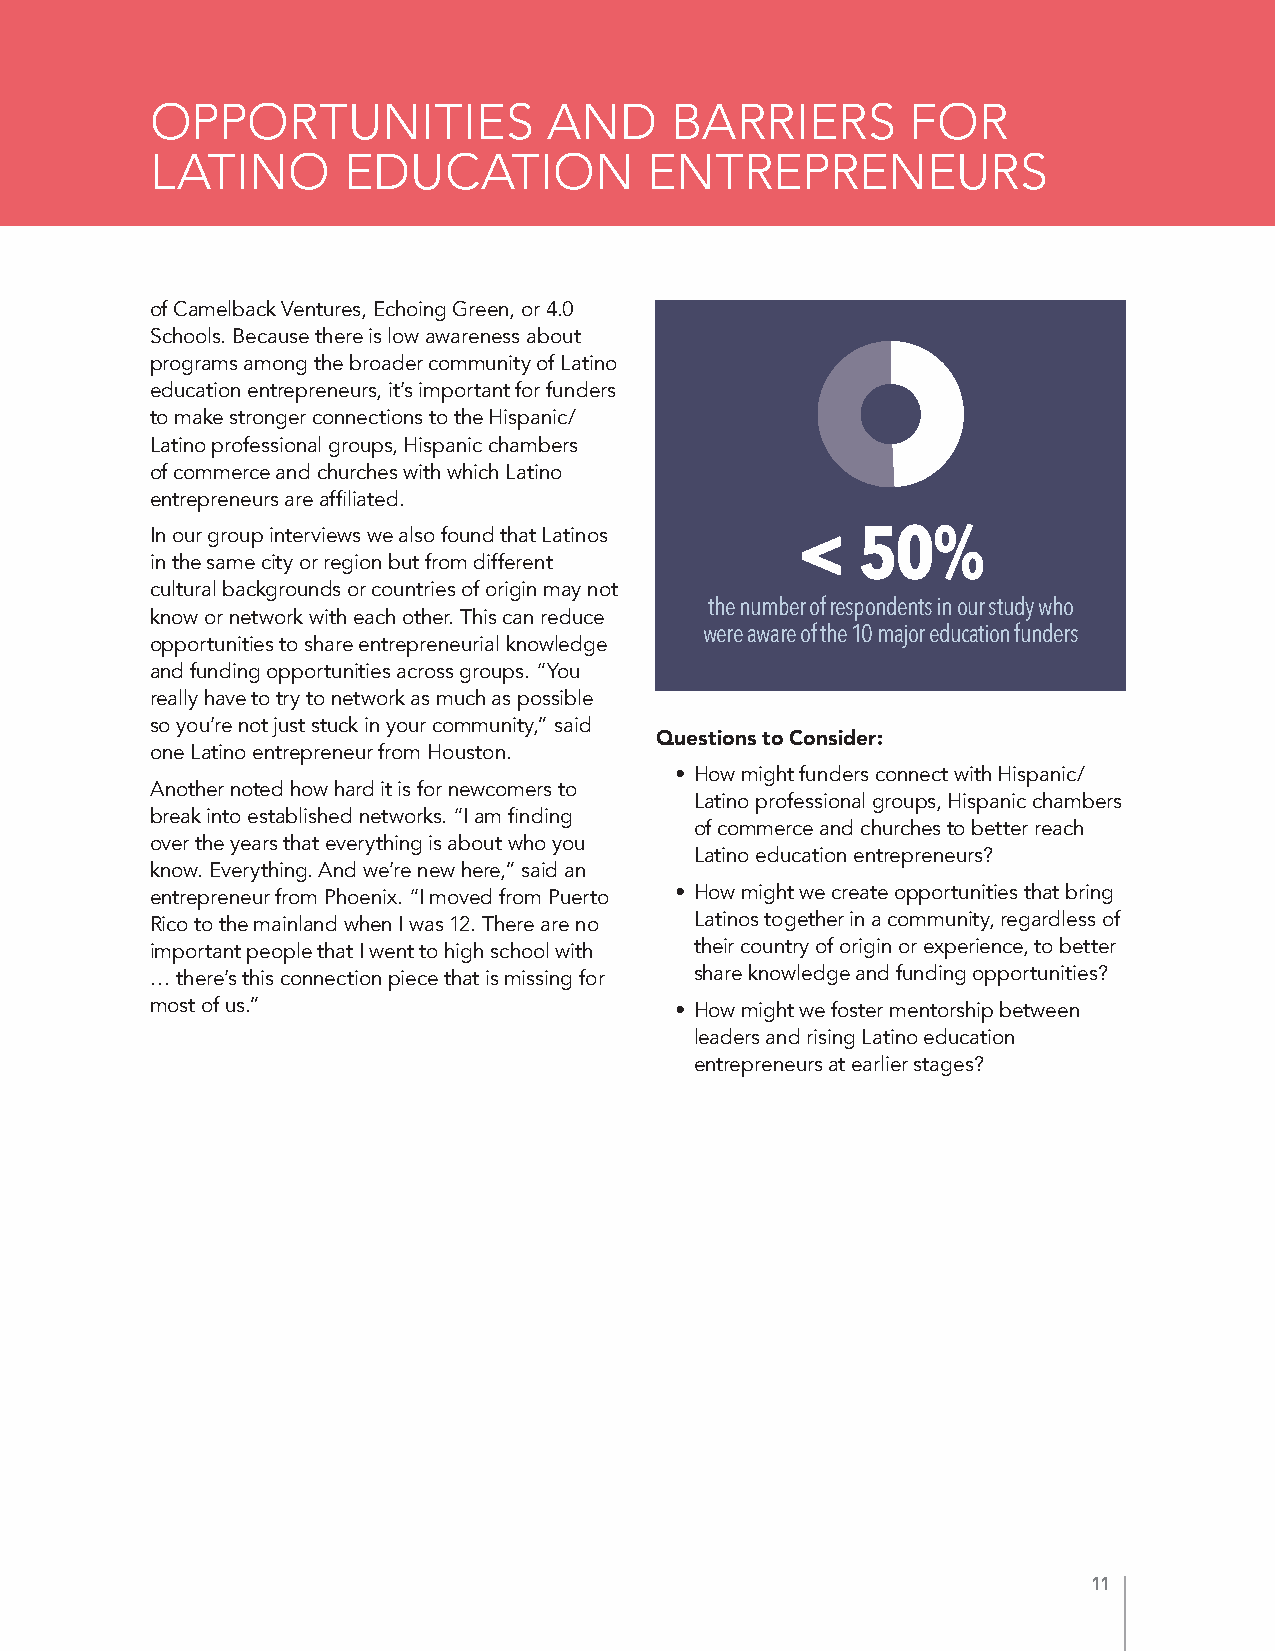
OPPORTUNITIES             AND      BARRIERS       FOR
 LATINO       EDUCATION           ENTREPRENEURS
 of Camelback Ventures, Echoing Green, or 4.0
 Schools. Because there is low awareness about
 programs among the broader community of Latino
 education entrepreneurs, it’s important for funders
 to make stronger connections to the Hispanic/
 Latino professional groups, Hispanic chambers
 of commerce and churches with which Latino
 entrepreneurs are affiliated.
 In our group interviews we also found that Latinos < 50%
 in the same city or region but from different
 cultural backgrounds or countries of origin may not
 the number of respondents in our study who
 know or network with each other. This can reduce
 were aware of the 10 major education funders
 opportunities to share entrepreneurial knowledge
 and funding opportunities across groups. “You
 really have to try to network as much as possible
 so you’re not just stuck in your community,” said
 Questions to Consider:
 one Latino entrepreneur from Houston.
 • How might funders connect with Hispanic/
 Another noted how hard it is for newcomers to
 Latino professional groups, Hispanic chambers
 break into established networks. “I am finding
 of commerce and churches to better reach
 over the years that everything is about who you
 Latino education entrepreneurs?
 know. Everything. And we’re new here,” said an
 entrepreneur from Phoenix. “I moved from Puerto • How might we create opportunities that bring
 Rico to the mainland when I was 12. There are no Latinos together in a community, regardless of
 important people that I went to high school with their country of origin or experience, to better
 … there’s this connection piece that is missing for share knowledge and funding opportunities?
 most of us.”                       • How might we foster mentorship between
 leaders and rising Latino education
 entrepreneurs at earlier stages?
 11